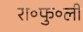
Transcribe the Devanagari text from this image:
रा॰फु॰ली